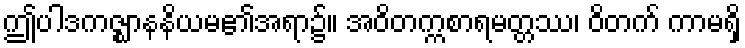
ဤပါဒကဇ္ဈာနနိယမ၏အရာ၌။ အဝိတက္ကစာရမတ္တဿ၊ ဝိတက် ကာမရှိ